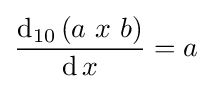
{\frac {\operatorname {d} _{10}\left(a\ x\ b\right)}{\operatorname {d} x}}=a